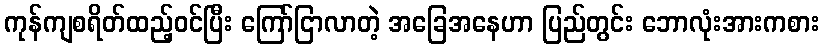
ကုန်ကျစရိတ်ထည့်ဝင်ပြီး ကြော်ငြာလာတဲ့ အခြေအနေဟာ ပြည်တွင်း ဘောလုံးအားကစား